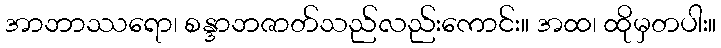
အာဘာဿရော၊ စန္ဒာဘဇာတ်သည်လည်းကောင်း။ အထ၊ ထိုမှတပါး။